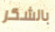
بالشكر